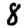
Digit: 8